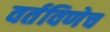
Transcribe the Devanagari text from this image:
वर्तविणेच